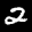
Label: 2